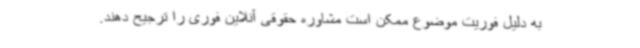
به دلیل فوریت موضوع ممکن است مشاوره حقوقی آنلاین فوری را ترجیح دهند.